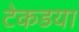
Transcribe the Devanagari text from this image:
टेकडया